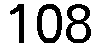
108